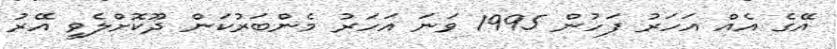
އޭގެ އެއް އަހަރު ފަހުން 1995 ވަނަ އަހަރު މެންބަރުކަން ދޫކޮށްލެވީ އޭރު